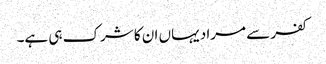
کفر سے مراد یہاں ان کا شرک ہی ہے۔